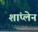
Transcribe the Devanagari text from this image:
शांप्लेन